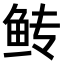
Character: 𫚋